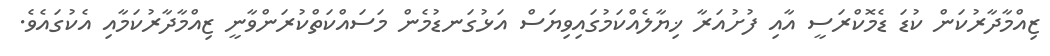
ޒިއްމާދާރުކަން ކުޑަ ޑެމޮކްރަސީ އާއި ފުށުއަރާ ޚިޔާލެއްކަމުގައިވިޔަސް އަޅުގަނޑުމެން މަސައްކަތްކުރަންވާނީ ޒިއްމާދާރުކަމާއި އެކުގައެވެ.